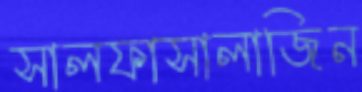
সালফাসালাজিন